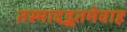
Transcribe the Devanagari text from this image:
तस्मादद्भुतमेवाह